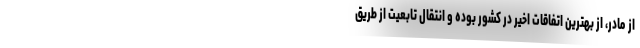
از مادر، از بهترین اتفاقات اخیر در کشور بوده و انتقال تابعیت از طریق